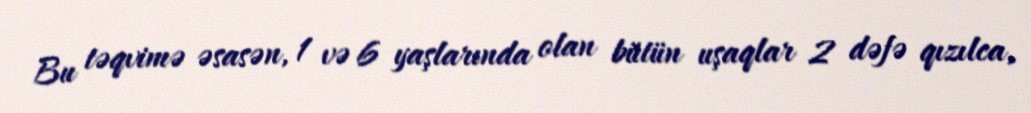
Bu təqvimə əsasən, 1 və 6 yaşlarında olan bütün uşaqlar 2 dəfə qızılca,